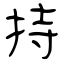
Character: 持